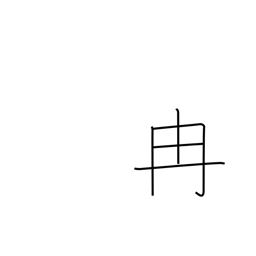
Meaning: tan